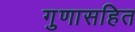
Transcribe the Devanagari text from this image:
गुणासहित